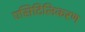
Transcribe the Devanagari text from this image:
एसिटिलिकरण